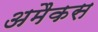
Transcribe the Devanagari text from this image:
अमैकस